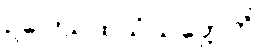
ဥပေါသထသံယုတ္တေတိ